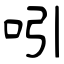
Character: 吲